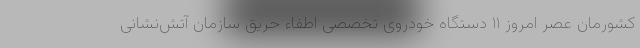
کشورمان عصر امروز ۱۱ دستگاه خودروی تخصصی اطفاء حریق سازمان آتش‌نشانی